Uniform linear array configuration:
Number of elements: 48
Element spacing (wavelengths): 1
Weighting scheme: kaiser
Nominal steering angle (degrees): -30
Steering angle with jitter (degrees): -30.656
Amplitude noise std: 0.05
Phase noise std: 0.05

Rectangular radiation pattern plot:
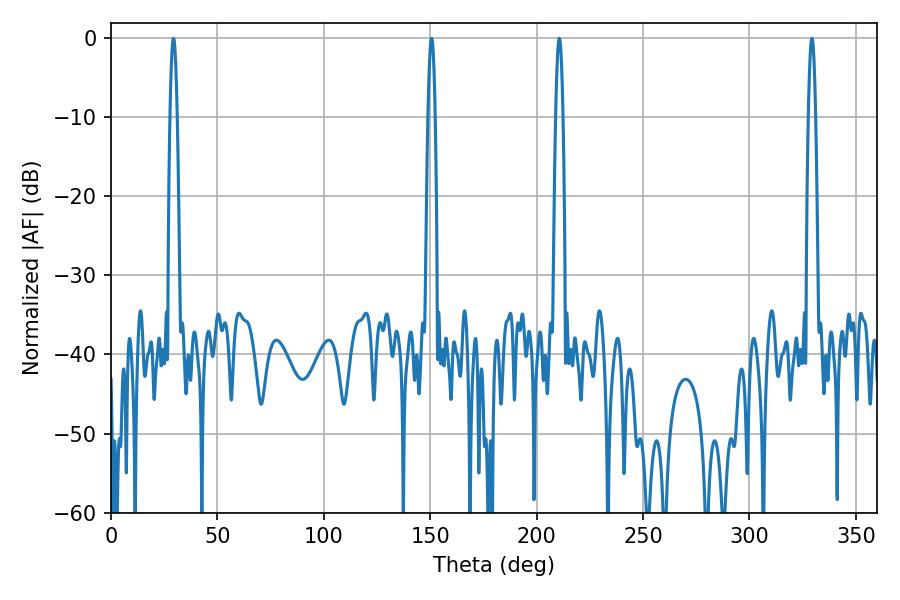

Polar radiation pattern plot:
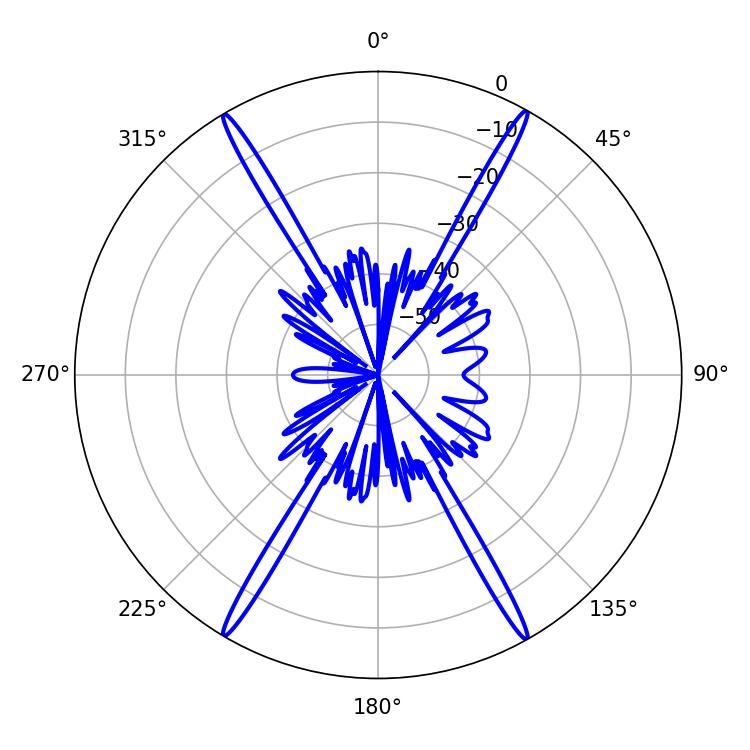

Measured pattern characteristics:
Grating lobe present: TRUE
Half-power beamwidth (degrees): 1.8
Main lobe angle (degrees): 29.34